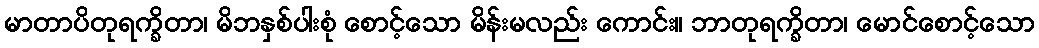
မာတာပိတုရက္ခိတာ၊ မိဘနှစ်ပါးစုံ စောင့်သော မိန်းမလည်း ကောင်း။ ဘာတုရက္ခိတာ၊ မောင်စောင့်သော